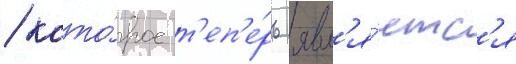
/ кото́рое т'еп'е́рь явл'я́етс'я